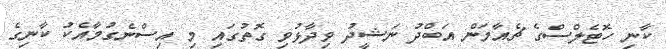
ކާނި ހޮޓެލްސްގެ ޗެއާމަން އަބްދު ނަޝީދު ވިދާޅުވި ގޮތުގައި މި އިސްނެގުމާއެކު ކާނިގެ